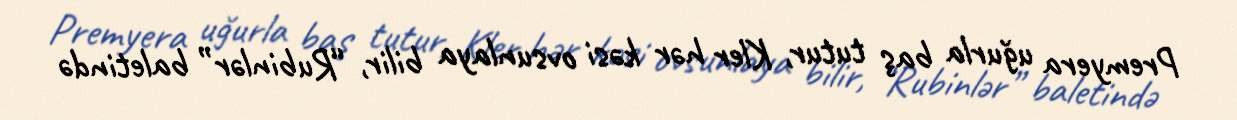
Premyera uğurla baş tutur, Kler hər kəsi ovsunlaya bilir, “Rubinlər” baletində